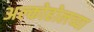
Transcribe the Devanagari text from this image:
अल्कोहोलच्या